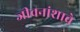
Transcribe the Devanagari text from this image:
जीवनांशाचे